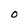
Character: O